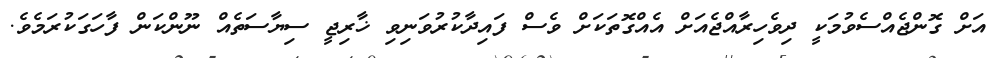
އަށް ގޮންޖެއްސެވުމަކީ ދިވެހިރާއްޖެއަށް އެއްގޮތަކަށް ވެސް ފައިދާކުރުވަނިވި ޚާރިޖީ ސިޔާސަތެއް ނޫންކަން ފާހަގަކުރަމެވެ.